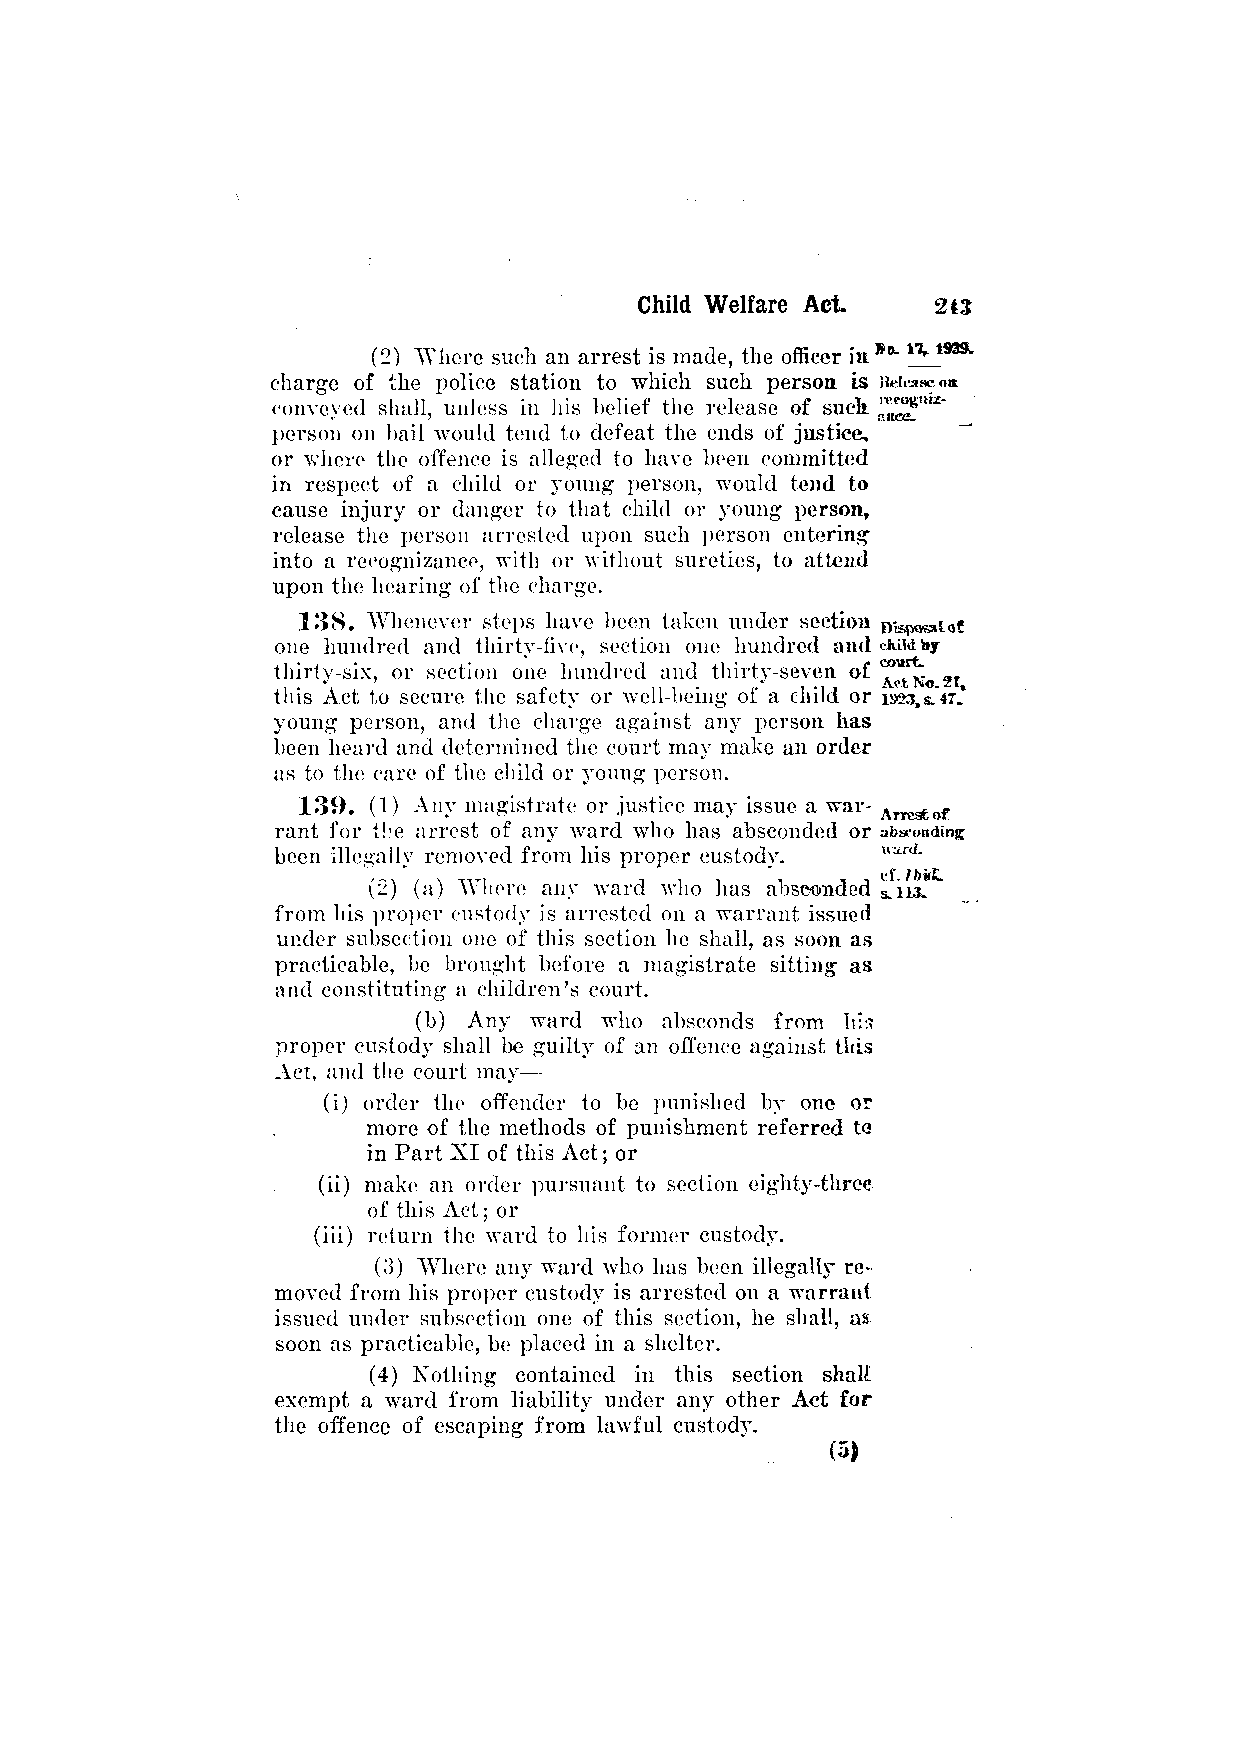
(2) Where such an arrest is made, the officer in
 charge of the police station to which such person is
 conveyed shall, unless in his belief the release of such,
 person on bail would tend to defeat the ends of justice,
 or where the offence is alleged to have been committed
 in respect of a child or young person, would tend to
 cause injury or danger to that child or young person,
 release the person arrested upon such person entering
 into a recognizance, with or without sureties, to attend
 upon the hearing of the charge.
 138. Whenever steps have been taken under section
 one hundred and thirty-five, section one hundred and
 thirty-six, or section one hundred and thirty-seven of
 this Act to secure the safety or well-being of a child or
 young person, and the charge against any person has
 been heard and determined the court may make an order
 as to the care of the child or young person.
 139. (1) Any magistrate or justice may issue a war­
 rant for the arrest of any ward who has absconded or
 been illegally removed from his proper custody.
 (2) (a) Where any ward who has absconded
 from his proper custody is arrested on a warrant issued
 under subsection one of this section he shall, as soon as
 practicable, be brought before a magistrate sitting as
 and constituting a children's court.
 (b) Any ward who absconds from h:n
 proper custody shall be guilty of an offence against this
 Act, and the court may—
 (i) order the offender to be punished by one or
 more of the methods of punishment referred to
 in Part XI of this Act; or
 (ii) make an order pursuant to section eighty-three
 of this Act; or
 (iii) return the ward to his former custody.
 (3) Where any ward who has been illegally re­
 moved from his proper custody is arrested on a warrant
 issued under subsection one of this section, he shall, as
 soon as practicable, be placed in a shelter.
 (4) Nothing contained in this section shall
 exempt a ward from liability under any other Act for
 the offence of escaping from lawful custody.
 (5)